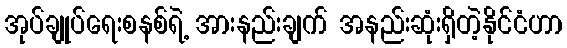
အုပ်ချုပ်ရေးစနစ်ရဲ့ အားနည်းချက် အနည်းဆုံးရှိတဲ့နိုင်ငံဟာ